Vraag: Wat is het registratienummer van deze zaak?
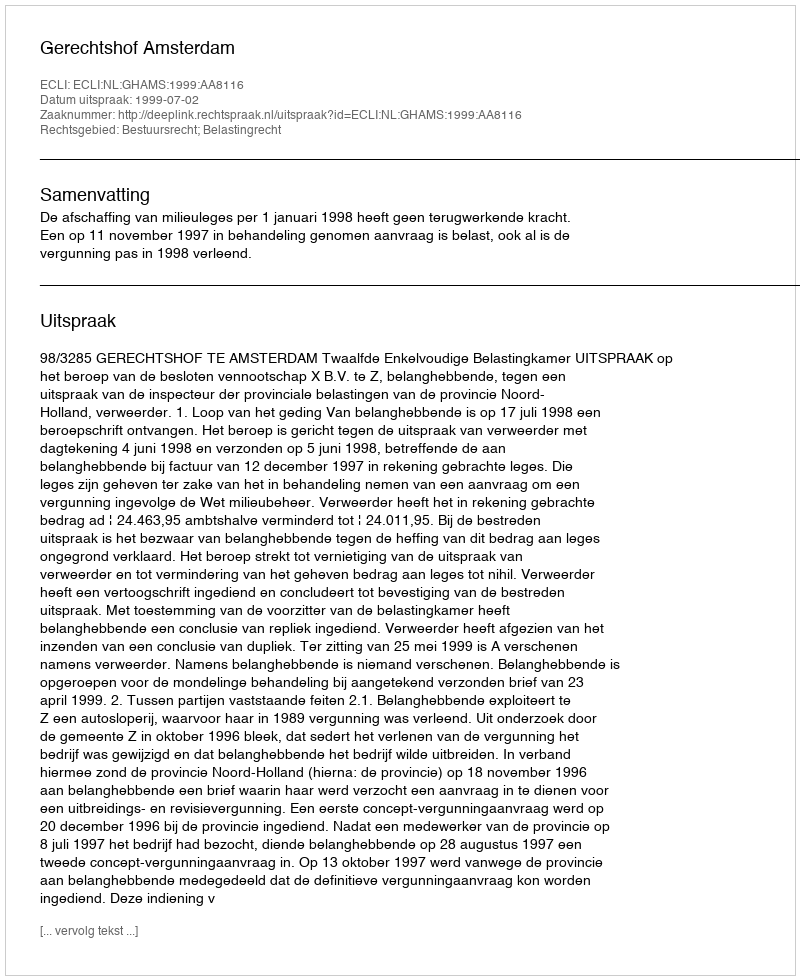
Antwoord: http://deeplink.rechtspraak.nl/uitspraak?id=ECLI:NL:GHAMS:1999:AA8116